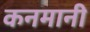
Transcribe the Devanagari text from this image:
कनमानी